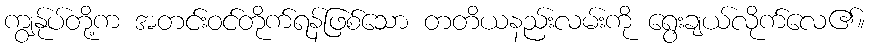
ကျွန်ုပ်တို့က အတင်းဝင်တိုက်ရန်ဖြစ်သော တတိယနည်းလမ်းကို ရွေးချယ်လိုက်လေ၏။